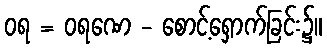
ဝရ = ဝရဏေ - စောင့်ရှောက်ခြင်း၌။